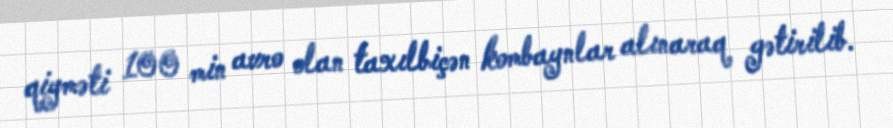
qiyməti 100 min avro olan taxılbiçən kombaynlar alınaraq gətirilib.